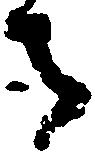
寺